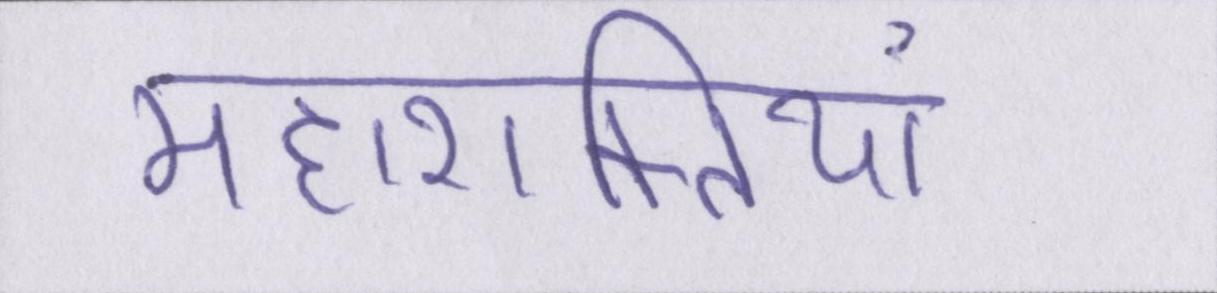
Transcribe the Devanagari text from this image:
महाशक्तियां